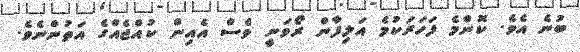
ބުނެ އެވެ. ކޮންމެ ފަހަރަކުމެ އަލިފާން ރޯވަނީ ވެސް އެއިން ކުއްޖެއްގެ އަތުންނެވެ.